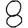
Digit: 8